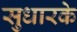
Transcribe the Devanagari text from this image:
सुधारके